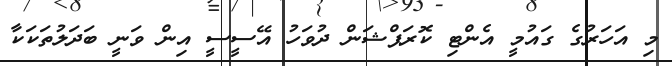
މި އަހަރުގެ ގައުމީ އެންޓި ކޮރަޕްޝަން ދުވަހު އޭސީސީ އިން ވަނީ ބަދަލުތަކަކާ